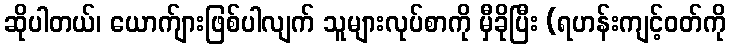
ဆိုပါတယ်၊ ယောက်ျားဖြစ်ပါလျက် သူများလုပ်စာကို မှီခိုပြီး (ရဟန်းကျင့်ဝတ်ကို